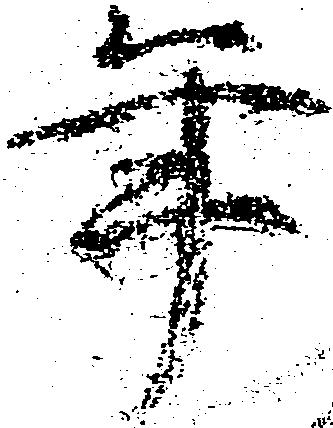
年